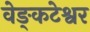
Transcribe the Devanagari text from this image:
वेङ्कटेश्वर